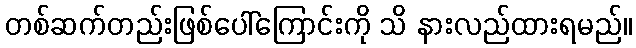
တစ်ဆက်တည်းဖြစ်ပေါ်ကြောင်းကို သိ နားလည်ထားရမည်။